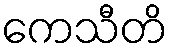
ကေသီတိ